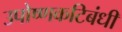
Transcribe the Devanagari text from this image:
उपोष्णकटिबंधी